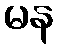
မန